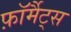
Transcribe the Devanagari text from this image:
फ़ॉर्मैट्स